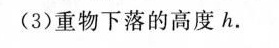
(3)重物下落的高度h。